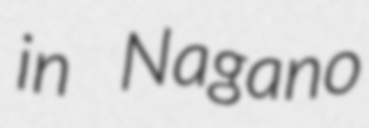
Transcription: in Nagano